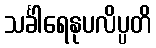
သင်္ခါရေနုပလိပ္ပတိ